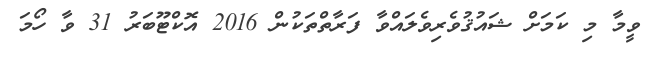
ވީމާ މި ކަމަށް ޝައުޤުވެރިވެލައްވާ ފަރާތްތަކުން 2016 އޮކްޓޫބަރު 31 ވާ ހޯމަ